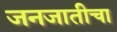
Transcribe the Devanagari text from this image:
जनजातीचा